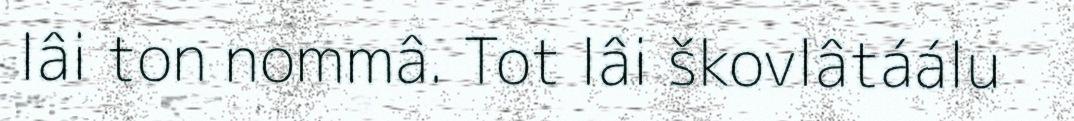
lâi ton nommâ. Tot lâi škovlâtáálu